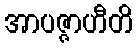
အာပဇ္ဇာဟီတိ